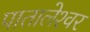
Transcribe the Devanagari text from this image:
पातालेश्‍वर